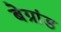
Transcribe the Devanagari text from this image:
बेग्रांड